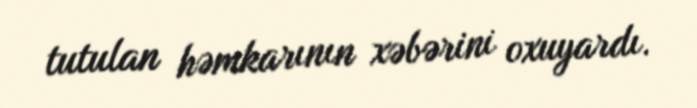
tutulan həmkarının xəbərini oxuyardı.